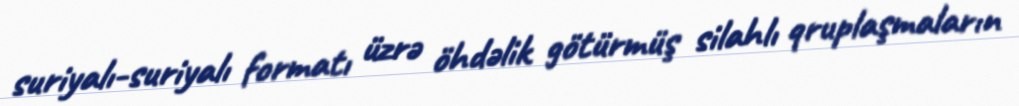
suriyalı-suriyalı formatı üzrə öhdəlik götürmüş silahlı qruplaşmaların